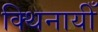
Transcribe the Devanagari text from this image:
क्थिनायीँ